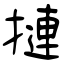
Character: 摙